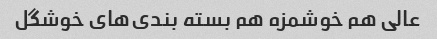
عالی هم خوشمزه هم بسته بندی‌های خوشگل